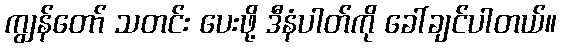
ကျွန်တော် သတင်း ပေးဖို့ ဒီနံပါတ်ကို ခေါ်ချင်ပါတယ်။